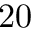
2 0